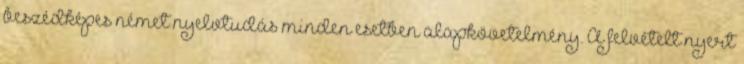
beszédképes német nyelvtudás minden esetben alapkövetelmény. A felvételt nyert